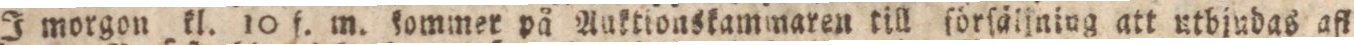
I morgon kl. 10 f. m. kommer på Auktionskammaren till förſällniug att utbjudas afl.